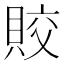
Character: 賋